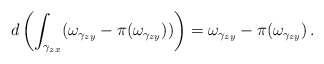
\begin{align*}d \left (\int_{\gamma_{zx}}(\omega_{\gamma_{zy}}-\pi(\omega_{\gamma_{zy}})) \right) = \omega_{\gamma_{zy}}-\pi(\omega_{\gamma_{zy}}) \, .\end{align*}